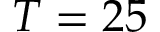
T = 2 5